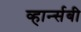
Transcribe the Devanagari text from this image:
व्हार्न्सबी